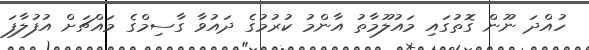
ހުއްދަ ނޫން ގޮތުގައި މައުލޫމާތު އާންމު ކުރުމުގެ ދައުވާ ގާސިމްގެ މައްޗަށް އުފުލާފަ